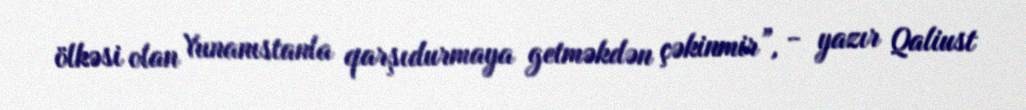
ölkəsi olan Yunanıstanla qarşıdurmaya getməkdən çəkinmir”, - yazır Qaliust